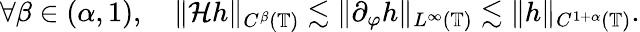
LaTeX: \forall\beta\in(\alpha,1),\quad\| \mathcal{H}h\| _{C^{\beta}(\mathbb{T})}\lesssim\| \partial_{\varphi}h\| _{L^{\infty}(\mathbb{T})}\lesssim\| h\| _{C^{1+\alpha}(\mathbb{T})}.